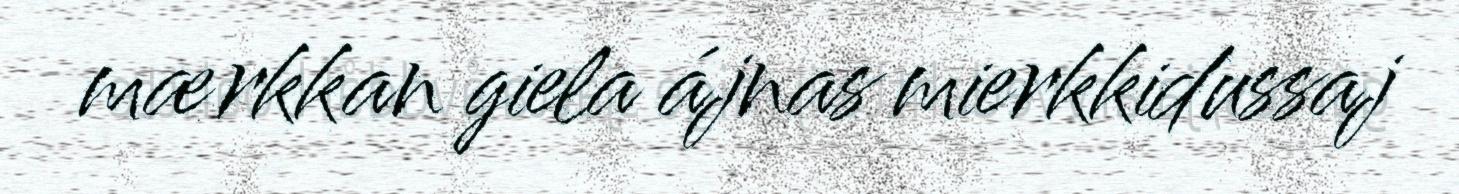
mærkkan giela ájnas mierkkidussaj